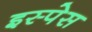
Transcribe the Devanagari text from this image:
इस्पेस